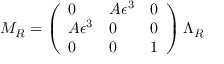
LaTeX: M _ { R } = \left( \begin{array} { l l l } { { 0 } } & { { A \epsilon ^ { 3 } } } & { { 0 } } \\ { { A \epsilon ^ { 3 } } } & { { 0 } } & { { 0 } } \\ { { 0 } } & { { 0 } } & { { 1 } } \end{array} \right) \Lambda _ { R }